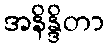
အနိန္ဒိတာ